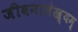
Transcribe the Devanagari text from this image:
जीवनालेख्यम्